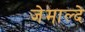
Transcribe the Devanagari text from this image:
जेमाल्दे